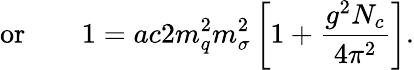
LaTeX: \mathrm{or}\qquad 1=ac{2m_{q}^{2}}{m_{\sigma}^{2}}\left[1+\frac{g^{2}N_{c}}{4\pi^{2}}\right].